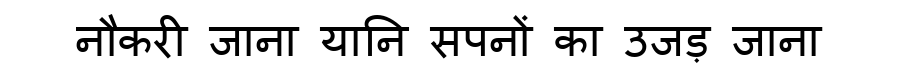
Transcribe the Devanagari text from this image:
नौकरी जाना यानि सपनों का उजड़ जाना